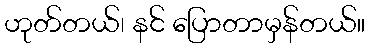
ဟုတ်တယ်၊ နင် ပြောတာမှန်တယ်။